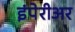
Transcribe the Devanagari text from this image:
इंपेरीअर